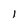
Character: 1